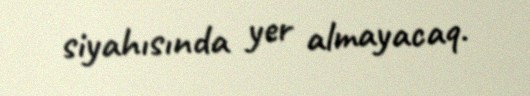
siyahısında yer almayacaq.